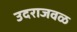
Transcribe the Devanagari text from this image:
उदराजवळ